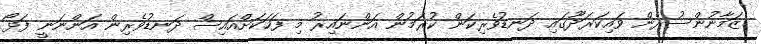
ޒަމާނުންސުރެން ވައިކަރަދޫގައި ދަނޑުވެރިކަން ކުރަމުން އަންނައިރު މި ފަހަކަށްއައިސް ދަނޑުވެރިން އަންނަނީ ފަޅޯ